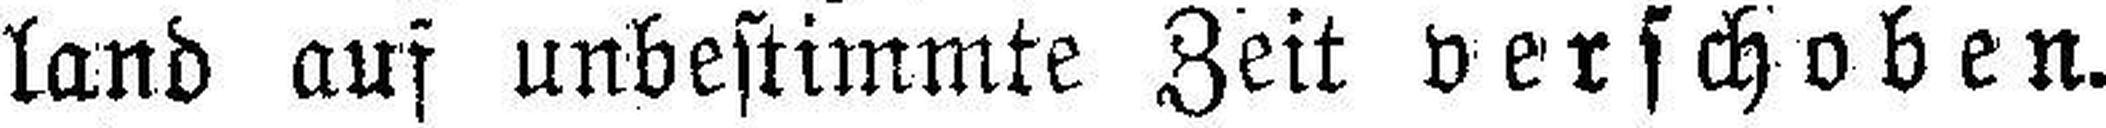
land auf unbestimmte Zeit verschoben.